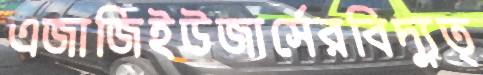
এজাজিইউজার্সেরবিদ্যুত্